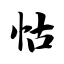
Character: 怙